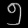
Digit: ၅